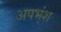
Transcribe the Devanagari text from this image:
अपभ्ंश